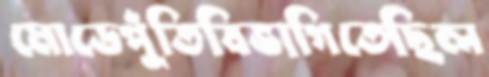
মোডেপুঁতিবিভাগিতেছিল